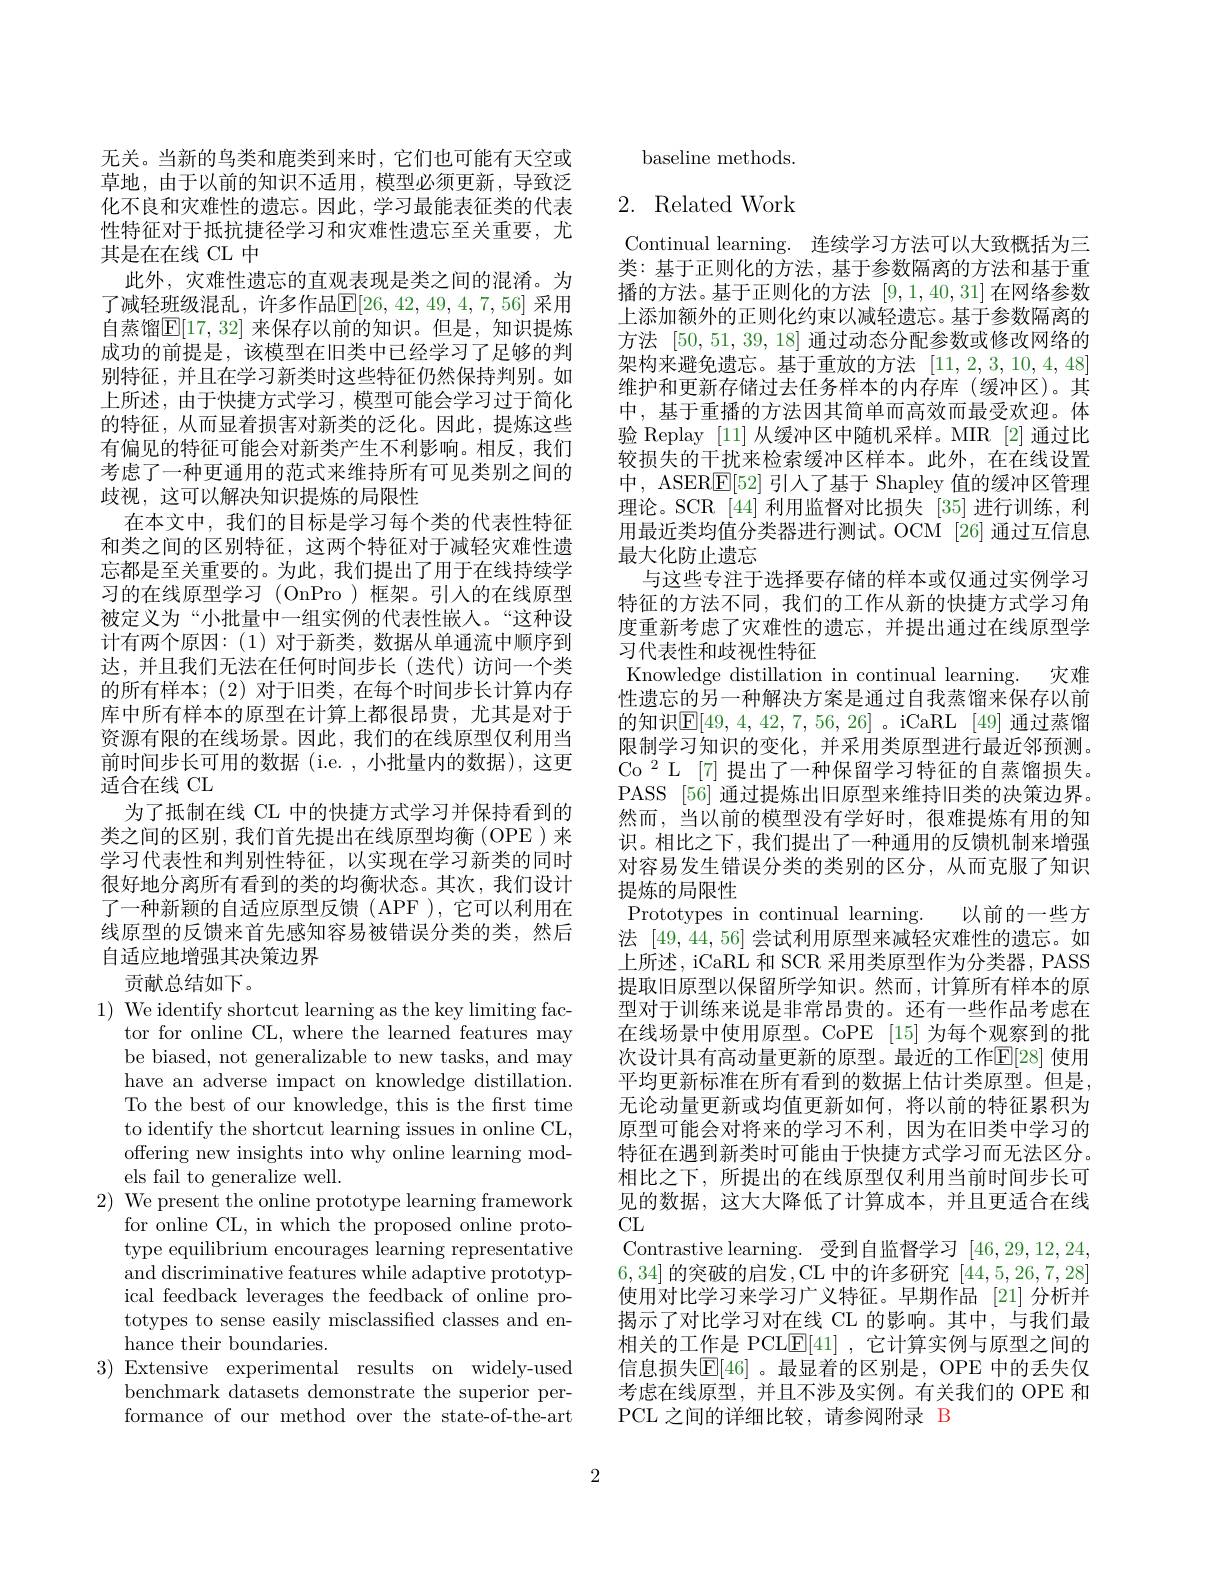
无关。当新的鸟类和鹿类到来时，它们也可能有天空或草地，由于以前的知识不适用，模型必须更新，导致泛化不良和灾难性的遗忘。因此，学习最能表征类的代表性特征对于抵抗捷径学习和灾难性遗忘至关重要，尤其是在在线 CL 中
此外，灾难性遗忘的直观表现是类之间的混淆。为了减轻班级混乱，许多作品$\mathbb{E}[26,42,49,4,7,56]$ 采用自蒸馏$\mathbb{E}[17,32]$ 来保存以前的知识。但是，知识提炼成功的前提是，该模型在旧类中已经学习了足够的判别特征，并且在学习新类时这些特征仍然保持判别。如上所述，由于快捷方式学习，模型可能会学习过于简化的特征，从而显着损害对新类的泛化。因此，提炼这些有偏见的特征可能会对新类产生不利影响。相反，我们考虑了一种更通用的范式来维持所有可见类别之间的歧视，这可以解决知识提炼的局限性
在本文中，我们的目标是学习每个类的代表性特征和类之间的区别特征，这两个特征对于减轻灾难性遗忘都是至关重要的。为此，我们提出了用于在线持续学习的在线原型学习 (OnPro)框架。引人的在线原型被定义为“小批量中一组实例的代表性嵌人。“这种设计有两个原因：(1)对于新类，数据从单通流中顺序到达，并且我们无法在任何时间步长(迭代)访问一个类的所有样本；(2)对于旧类，在每个时间步长计算内存库中所有样本的原型在计算上都很昂贵，尤其是对于资源有限的在线场景。因此，我们的在线原型仅利用当前时间步长可用的数据 (i.e. , 小批量内的数据), 这更适合在线 CL
为了抵制在线 CL 中的快捷方式学习并保持看到的类之间的区别，我们首先提出在线原型均衡(OPE)来学习代表性和判别性特征，以实现在学习新类的同时很好地分离所有看到的类的均衡状态。其次，我们设计了一种新颖的自适应原型反馈(APF),它可以利用在线原型的反馈来首先感知容易被错误分类的类，然后自适应地增强其决策边界
贡献总结如下。
$1){\mathrm{~We~identify~shortcut~learning~as~the~key~limiting~fac-}}$
tor for online CL, where the learned features may be biased, not generalizable to new tasks, and may have an adverse impact on knowledge distillation. To the best of our knowledge, this is the frst time to identify the shortcut learning issues in online CL, offering new insights into why online learning models fail to generalize well.
2) We present the online prototype learning framework
for online CL, in which the proposed online prototype equilibrium encourages learning representative and discriminative features while adaptive prototypical feedback leverages the feedback of online prototypes to sense easily misclassified classes and enhance their boundaries.
3) Extensive experimental results on widely-used
benchmark datasets demonstrate the superior performance of our method over the state-of-the-art

baseline methods.

## 2. Related Work

Continual learning. 连续学习方法可以大致概括为三类：基于正则化的方法，基于参数隔离的方法和基于重播的方法。基于正则化的方法[9,1,40,31]在网络参数上添加额外的正则化约束以减轻遗忘。基于参数隔离的方法[50,51,39,18]通过动态分配参数或修改网络的架构来避免遗忘。基于重放的方法[11,2,3,10,4,48] 维护和更新存储过去任务样本的内存库(缓冲区)。其中，基于重播的方法因其简单而高效而最受欢迎。体验 Replay [11] 从缓冲区中随机采样。MIR [2]通过比较损失的干扰来检索缓冲区样本。此外，在在线设置中，ASER$\underline{\mathrm{E}}[52]$引人了基于 Shapley 值的缓冲区管理理论。SCR [44]利用监督对比损失[35]进行训练，利用最近类均值分类器进行测试。OCM [26]通过互信息最大化防止遗忘
与这些专注于选择要存储的样本或仅通过实例学习特征的方法不同，我们的工作从新的快捷方式学习角度重新考虑了灾难性的遗忘，并提出通过在线原型学习代表性和歧视性特征
Knowledge distillation in continual learning. 灾难性遗忘的另一种解决方案是通过自我蒸馏来保存以前的知识$\boxed{\mathrm{E}}[49,4,42,7,56,26]$。iCaRL [49] 通过蒸馏限制学习知识的变化，并采用类原型进行最近邻预测。Co$^{2}$L[7]提出了一种保留学习特征的自蒸馏损失。PASS [56] 通过提炼出旧原型来维持旧类的决策边界。然而，当以前的模型没有学好时，很难提炼有用的知识。相比之下，我们提出了一种通用的反馈机制来增强对容易发生错误分类的类别的区分，从而克服了知识提炼的局限性
Prototypes in continual learning. 以前的一些方法[49,44,56]尝试利用原型来减轻灾难性的遗忘。如上所述，iCaRL 和 SCR 采用类原型作为分类器，PASS 提取旧原型以保留所学知识。然而，计算所有样本的原型对于训练来说是非常昂贵的。还有一些作品考虑在在线场景中使用原型。CoPE [15] 为每个观察到的批次设计具有高动量更新的原型。最近的工作$\mathbb{E}[28]$ 使用平均更新标准在所有看到的数据上估计类原型。但是， 无论动量更新或均值更新如何，将以前的特征累积为原型可能会对将来的学习不利，因为在旧类中学习的特征在遇到新类时可能由于快捷方式学习而无法区分。相比之下，所提出的在线原型仅利用当前时间步长可见的数据，这大大降低了计算成本，并且更适合在线CL
Contrastive learning. 受到自监督学习[46,29,12,24, 6,34] 的突破的启发，CL 中的许多研究 [44,5,26,7,28] 使用对比学习来学习广义特征。早期作品 [21]分析并揭示了对比学习对在线 CL 的影响。其中，与我们最相关的工作是 PCL$\underline {\mathrm{E} }[ 41]$ ,它计算实例与原型之间的信息损失$\mathbb{E}[46]$ 。最显着的区别是，OPE 中的丢失仅考虑在线原型，并且不涉及实例。有关我们的 OPE 和PCL 之间的详细比较，请参阅附录 B

2